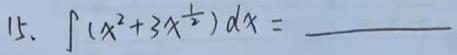
15. $\int (x^{2}+3x^{\frac{1}{2}})dx = \underline{\hspace{5cm}}$